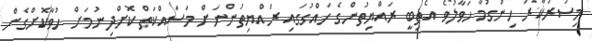
މިސަރުކާރު ހިންގުމާ ހަވާލުވެ އެތިބީ ރައްޔިތުންގެ ހައްގުގައި ރައްޔިތުންނަށް މަސައްކަތް ކޮށްދިނުމަށް ހުވާކޮށްގެން